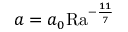
a = a _ { 0 } \mathrm { { R a } } ^ { - \frac { 1 1 } { 7 } }